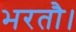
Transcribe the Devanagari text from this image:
भरतौ।